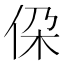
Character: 𪜷